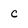
Character: c